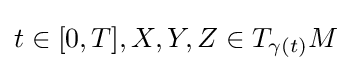
t\in [0,T],X,Y,Z\in T_{\gamma (t)}M